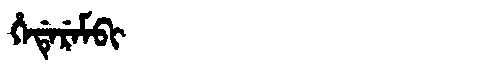
Manchu: ᡥᡝᡩᡝᡵᡝᠮᠪᡳ
Romanization: HEDEREMBI